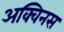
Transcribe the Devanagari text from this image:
अक्विनस